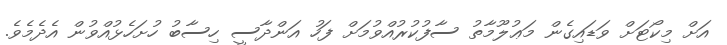
އަށް މިކޯޓަށް ވަޑައިގެން މަޢުލޫމާތު ސާފުކުރުއްވުމަށް ފަހު އަންދާސީ ހިސާބު ހުށަހެޅުއްވުން އެދެމެވެ.